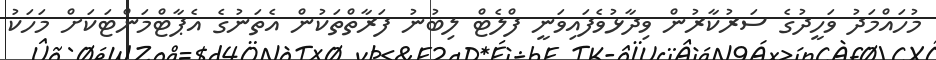
މުހައްމަދު ވަހީދުގެ ސަރުކާރުން ވިދާޅުވެފައިވަނީ ފްލެޓް ލިބުނު ފަރާތްތަކުން އެތަނުގެ އެޕާޓްމަންޓަކަށް މަހަކު